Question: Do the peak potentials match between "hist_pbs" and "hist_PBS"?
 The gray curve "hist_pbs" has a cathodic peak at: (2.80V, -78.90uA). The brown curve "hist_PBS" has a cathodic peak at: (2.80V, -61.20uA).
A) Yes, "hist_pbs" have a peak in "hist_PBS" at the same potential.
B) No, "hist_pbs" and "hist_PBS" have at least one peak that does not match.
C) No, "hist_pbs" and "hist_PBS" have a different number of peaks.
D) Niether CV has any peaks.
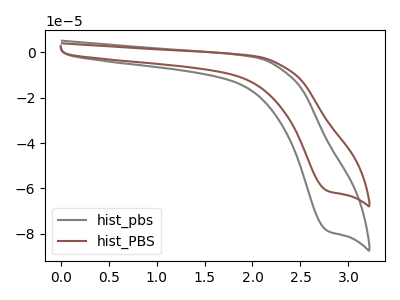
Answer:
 <answer>A) Yes, "hist_pbs" have a peak in "hist_PBS" at the same potential.</answer>
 <eval>A</eval>